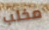
مخلب